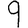
Digit: 9